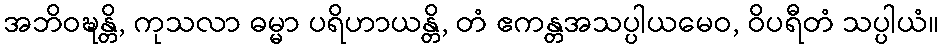
အဘိဝဍ္ဎန္တိ, ကုသလာ ဓမ္မာ ပရိဟာယန္တိ, တံ ဧကန္တအသပ္ပါယမေဝ, ဝိပရီတံ သပ္ပါယံ။